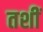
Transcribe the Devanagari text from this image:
तशीं